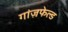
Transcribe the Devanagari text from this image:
गांज़फेल्ड